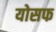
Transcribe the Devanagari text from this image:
योसफ